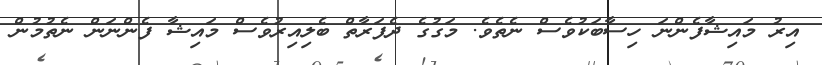
އިރު މައިޝާފެންނަ ހިސާބަކުވެސް ނެތެވެ. މަގުގެ ދެފަރާތް ބެލިއިރުވެސް މައިޝާ ފެންނަން ނެތުމުން